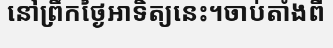
នៅព្រឹកថ្ងៃអាទិត្យនេះ។ចាប់តាំងពី